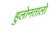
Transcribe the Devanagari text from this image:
हुलोनतालो